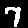
Label: 7